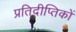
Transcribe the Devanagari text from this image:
प्रतिदीप्तिकों